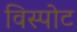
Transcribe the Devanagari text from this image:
विस्पोट